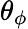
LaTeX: \theta_{\phi}